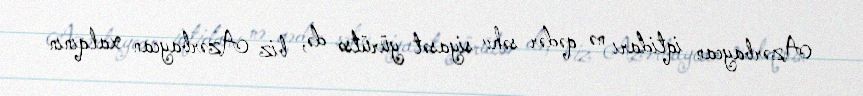
Azərbaycan iqtidarı nə qədər səhv siyasət yürütsə də, biz Azərbaycan xalqının